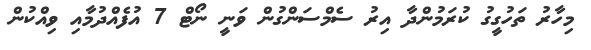
މިހާރު ތަހުގީގު ކުރަމުންދާ އިރު ސެމްސަންގުން ވަނީ ނޯޓް 7 އުފެއްދުމާއި ވިއްކުން